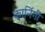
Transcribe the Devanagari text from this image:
कार्निगी